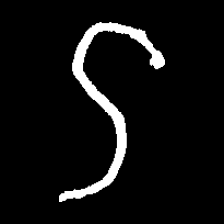
Pyu character \u2014 Myanmar letter: ဌ (romanized: ttha)